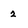
Character: 2